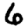
Digit: 6